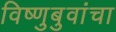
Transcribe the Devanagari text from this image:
विष्णुबुवांचा